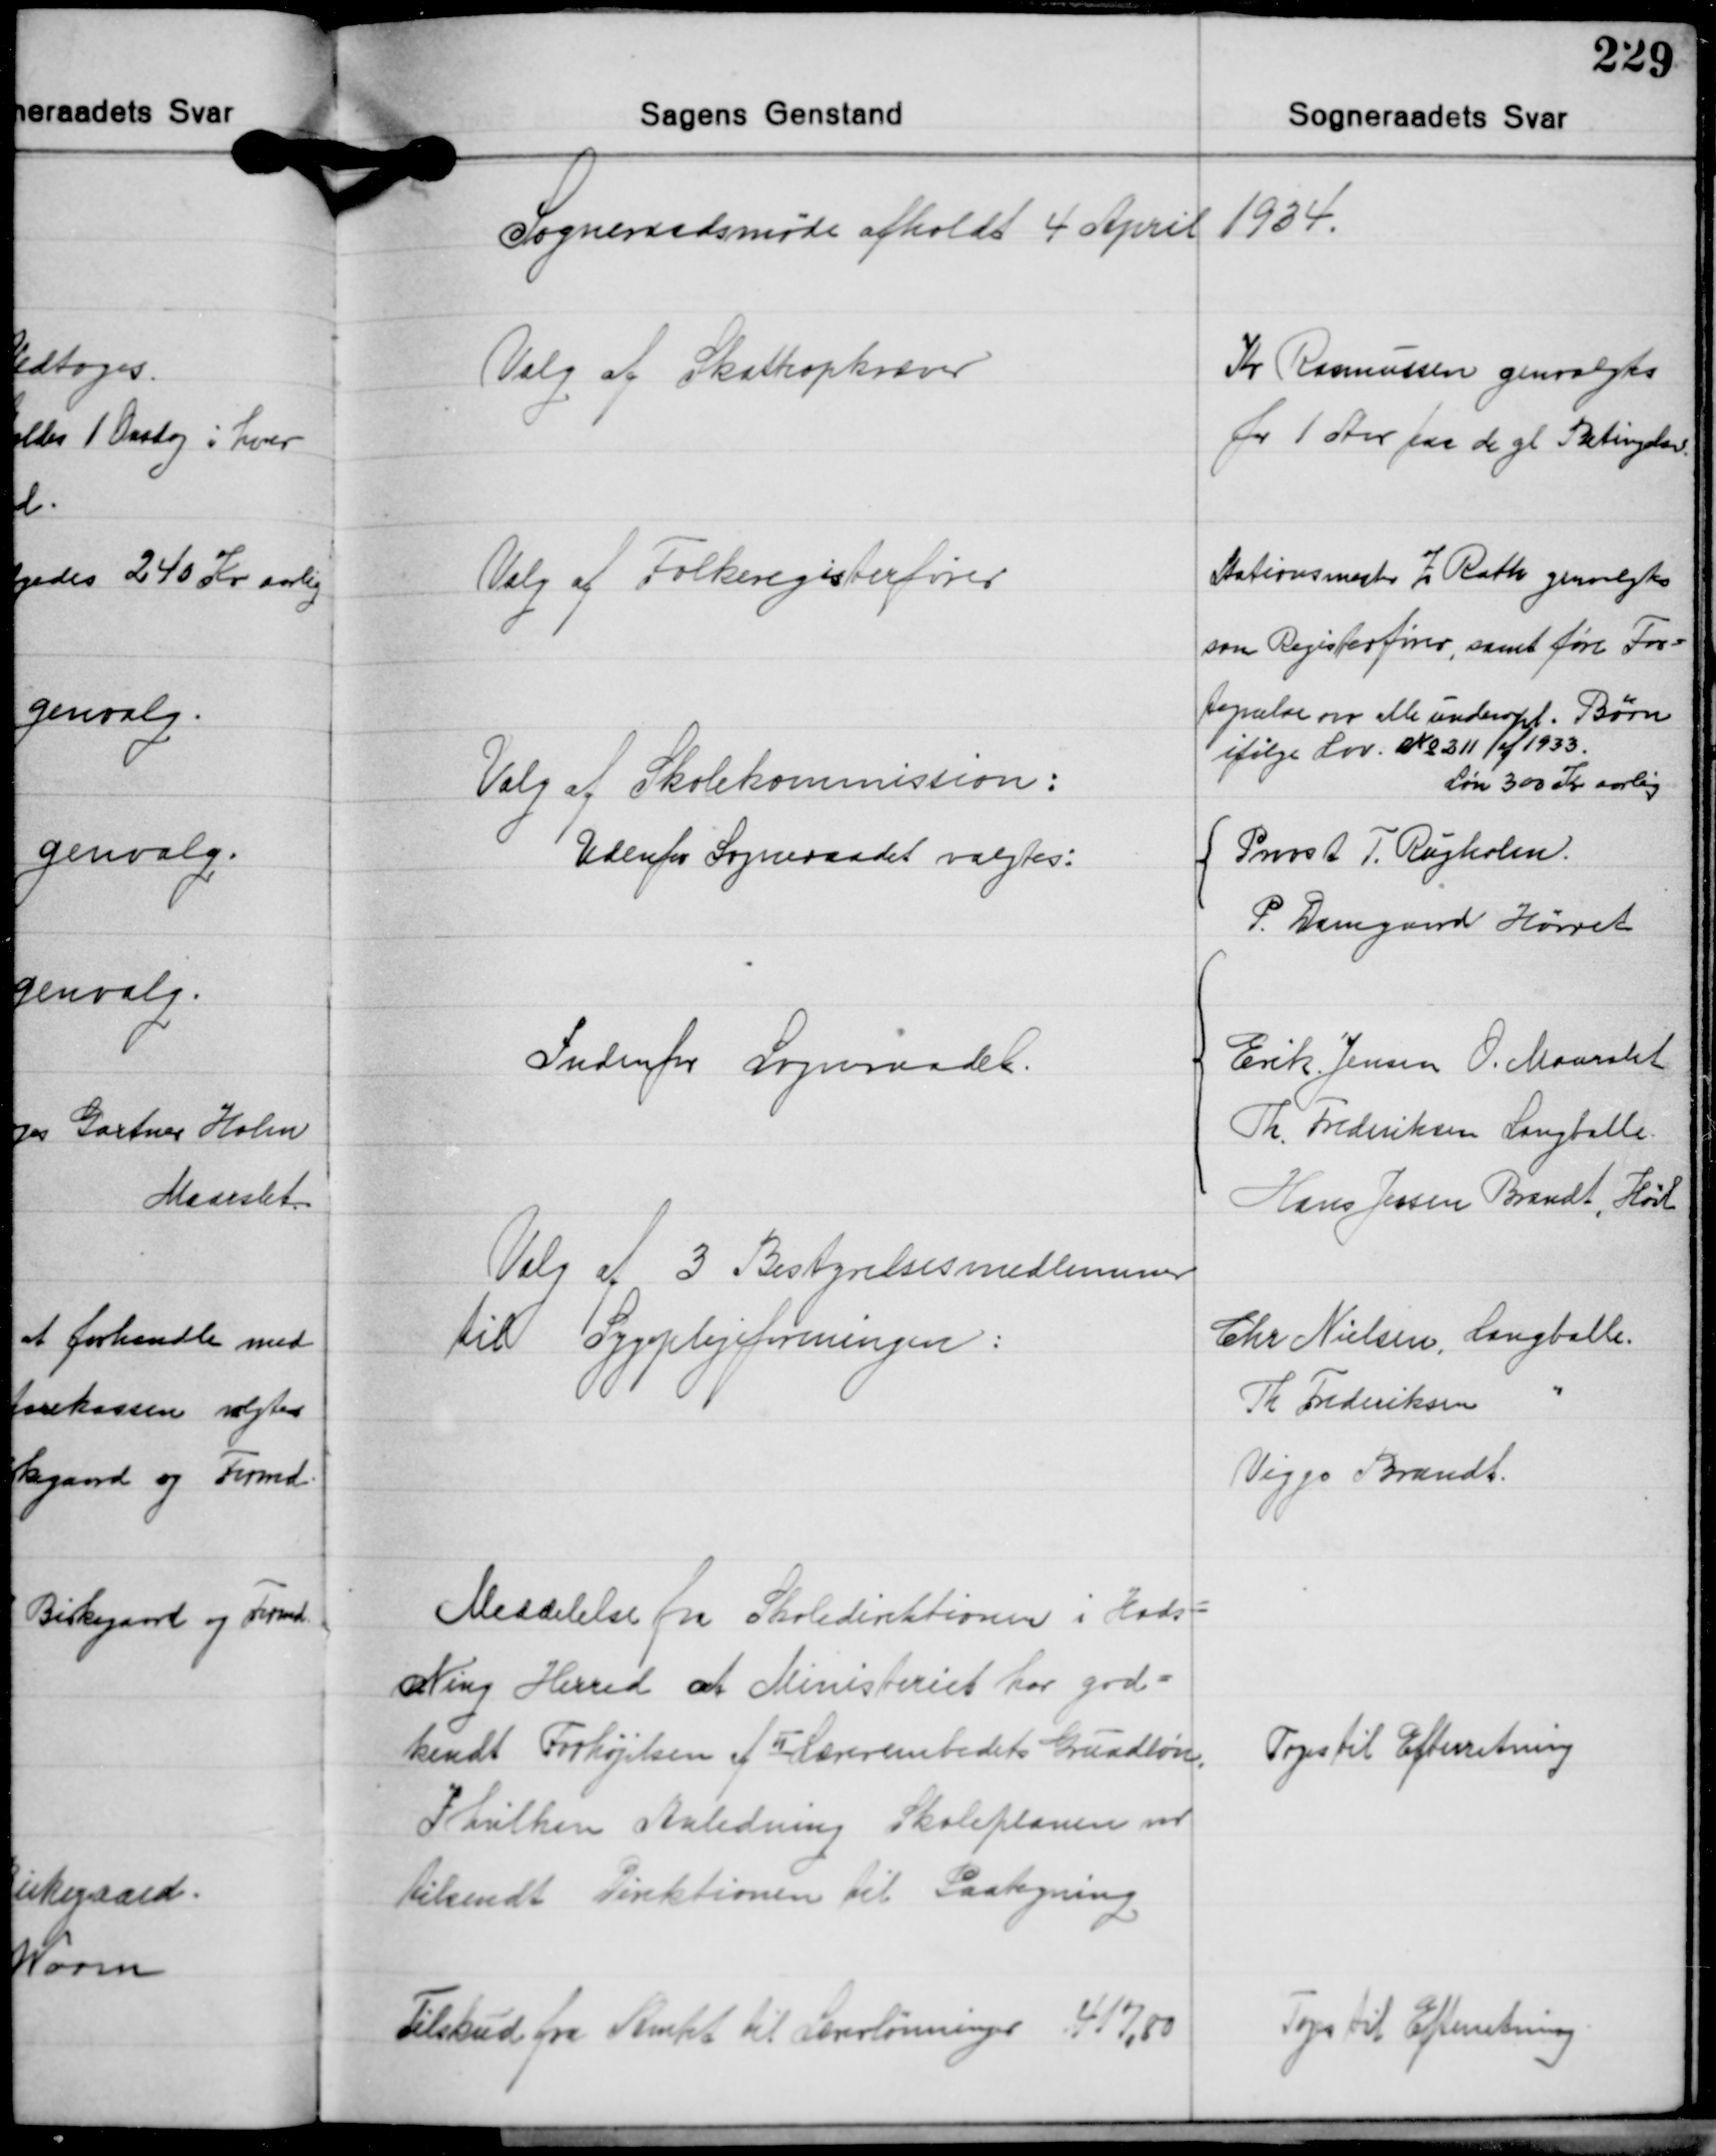
Transskription:
Sogneråadsmøde afholdt 4 April 1934.

Valg af Skatteopkræver

Kr. Rasmussen genvalgtes
for 1 Aar paa de gl. Betingelser.

Valg af Folkeregisterfører

Stationsmester Z. Rath genvalgtes
som Registerfører, samt føre For-
tegnelse om alle underopl. Børn
ifølge Lov. No 211 af 1933.
Løn 300 Kr. aarlig

Valg af Skolekommission:
Udenfor Sogneraadet valgtes:

Provst T. Rugholm.
P. Damgaard Hørret

Indenfor Sogneraadet.

Erik Jensen O. Maaralet
Th. Frederiksen Langballe.
Hans Jessen Brandt, Hørret

Valg af 3 Bestyrelsesmedlemmer
til Sypplejeforeningen:

Chr. Nielsen, Langballe.
Th. Frederiksen "
Viggo Brandt.

Meddelelse fra Skoledirektionen i Hads-
Ning Herred at Ministeriet har god-
kendt Forhøjelsen af Ⅱ Lærerembedets Grundløn,
I hvilken Anledning Skoleplanen var
tilsendt Direktionen til Paategning

Toges til Efterretning

Tilskud fra Amtet til Lærerlønninger 417,80

Toges Til Efterretning.